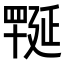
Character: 𦋪